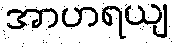
အာဟရယျ